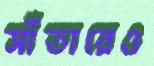
সাঁতারেও